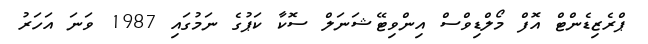
ޕްރެޒިޑެންޓް އޮފް މޯލްޑިވްސް އިންވިޓޭޝަނަލް ސޮކާ ކަޕުގެ ނަމުގައި 1987 ވަނަ އަހަރު